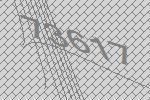
73617